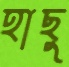
হাছু